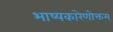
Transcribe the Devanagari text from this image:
भाष्यकारेणोक्तम्